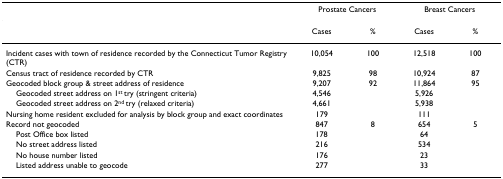
<table><thead><tr><td></td><td colspan="2"><b>Prostate Cancers</b></td><td colspan="2"><b>Breast Cancers</b></td></tr></thead><tbody><tr><td></td><td>Cases</td><td>%</td><td>Cases</td><td>%</td></tr><tr><td>Incident cases with town of residence recorded by the Connecticut Tumor Registry (CTR)</td><td>10,054</td><td>100</td><td>12,518</td><td>100</td></tr><tr><td>Census tract of residence recorded by CTR</td><td>9,825</td><td>98</td><td>10,924</td><td>87</td></tr><tr><td>Geocoded block group &amp; street address of residence</td><td>9,207</td><td>92</td><td>11,864</td><td>95</td></tr><tr><td> Geocoded street address on 1<sup>st </sup>try (stringent criteria)</td><td>4,546</td><td></td><td>5,926</td><td></td></tr><tr><td> Geocoded street address on 2<sup>nd </sup>try (relaxed criteria)</td><td>4,661</td><td></td><td>5,938</td><td></td></tr><tr><td>Nursing home resident excluded for analysis by block group and exact coordinates</td><td>179</td><td></td><td>111</td><td></td></tr><tr><td>Record not geocoded</td><td>847</td><td>8</td><td>654</td><td>5</td></tr><tr><td> Post Office box listed</td><td>178</td><td></td><td>64</td><td></td></tr><tr><td> No street address listed</td><td>216</td><td></td><td>534</td><td></td></tr><tr><td> No house number listed</td><td>176</td><td></td><td>23</td><td></td></tr><tr><td> Listed address unable to geocode</td><td>277</td><td></td><td>33</td><td></td></tr></tbody></table>